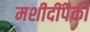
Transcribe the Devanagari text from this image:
मशीदींपैकी